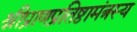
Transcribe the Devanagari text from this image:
श्रीप्राणप्रतिष्ठामंत्रस्य